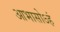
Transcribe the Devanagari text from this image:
आभासोऽहं